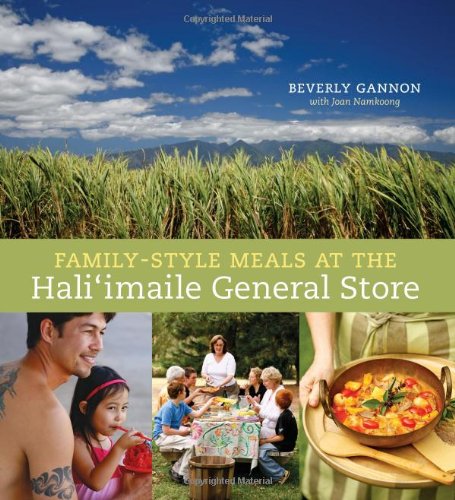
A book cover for Family-Style Meals at the Hali'imaile General Store; Beverly Gannon; Cookbooks, Food & Wine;